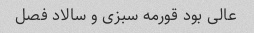
عالی بود قورمه سبزی و سالاد فصل